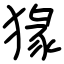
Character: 猭